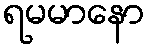
ရမမာနော